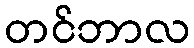
တင်ဘာလ